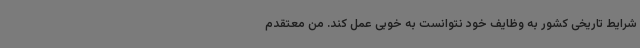
شرایط تاریخی کشور به وظایف خود نتوانست به خوبی عمل کند. من معتقدم